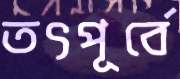
তৎপূর্বে